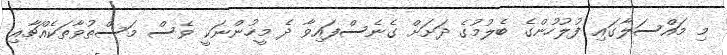
މި މައްސަލާގައި ފުލުހުންގެ ބެލުމުގެ ދަށަށް ގެނެސްފައިވާ ދެ މީހުންނަކީ ވެސް މަސްތުވާތަކެއްޗާއި